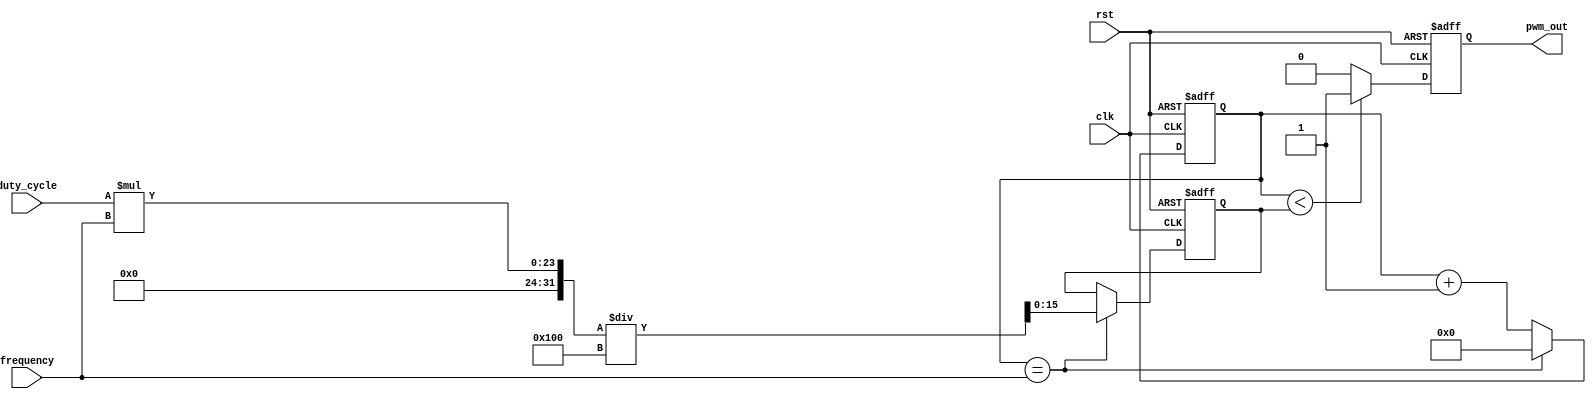
module PWM_Pulse_Generator(
    input wire clk,
    input wire rst,
    input wire [7:0] duty_cycle,
    input wire [15:0] frequency,
    output reg pwm_out
);

reg [15:0] count;
reg [15:0] pulse_width;

always @(posedge clk or posedge rst) begin
    if (rst) begin
        count <= 0;
        pulse_width <= 0;
        pwm_out <= 0;
    end else begin
        count <= count + 1;
        if (count == frequency) begin
            count <= 0;
            pulse_width <= (duty_cycle * frequency) / 256; // Calculate pulse width based on duty cycle
        end
        if (count < pulse_width) begin
            pwm_out <= 1;
        end else begin
            pwm_out <= 0;
        end
    end
end

endmodule